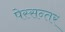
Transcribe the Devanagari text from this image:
पेस्सन्तर